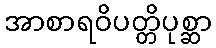
အာစာရဝိပတ္တိပုစ္ဆာ